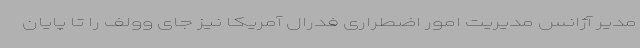
مدیر آژانس مدیریت امور اضطراری فدرال آمریکا نیز جای وولف را تا پایان